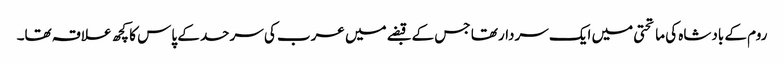
روم کے بادشاہ کی ماتحتی میں ایک سردار تھا جس کے قبضے میں عرب کی سرحد کے پاس کا کچھ علاقہ تھا۔